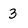
Character: 3